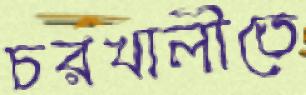
চরখালীতে